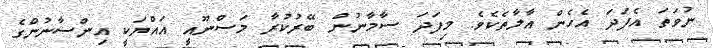
ނުވަތަ އެފަދަ އެހެން އާލާތެކެވެ. މިފަދަ ސާމާނުން ބޭރުކުރާ މަސްނޫއީ އައްޔަކީ އިންސާނުންގެ